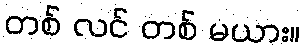
တစ် လင် တစ် မယား။